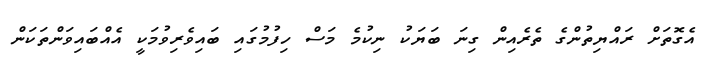
އެގޮތަށް ރައްޔިތުންގެ ތެރެއިން ގިނަ ބަޔަކު ނިކުމެ މަސް ހިފުމުގައި ބައިވެރިވުމަކީ އެއްބައިވަންތަކަން